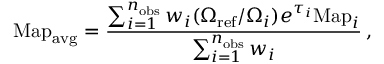
\mathrm { M a p } _ { \mathrm { a v g } } = \frac { \sum _ { i = 1 } ^ { n _ { \mathrm { o b s } } } w _ { i } ( \Omega _ { \mathrm { r e f } } / \Omega _ { i } ) e ^ { \tau _ { i } } \mathrm { M a p } _ { i } } { \sum _ { i = 1 } ^ { n _ { \mathrm { o b s } } } w _ { i } } \, ,